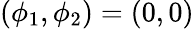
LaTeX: (\phi_{1},\phi_{2})=(0,0)